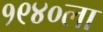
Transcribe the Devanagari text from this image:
१९४०ला